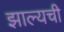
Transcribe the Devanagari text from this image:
झाल्यची